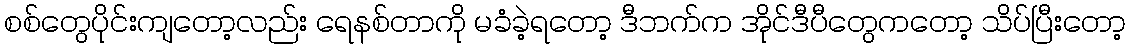
စစ်တွေပိုင်းကျတော့လည်း ရေနစ်တာကို မခံခဲ့ရတော့ ဒီဘက်က အိုင်ဒီပီတွေကတော့ သိပ်ပြီးတော့